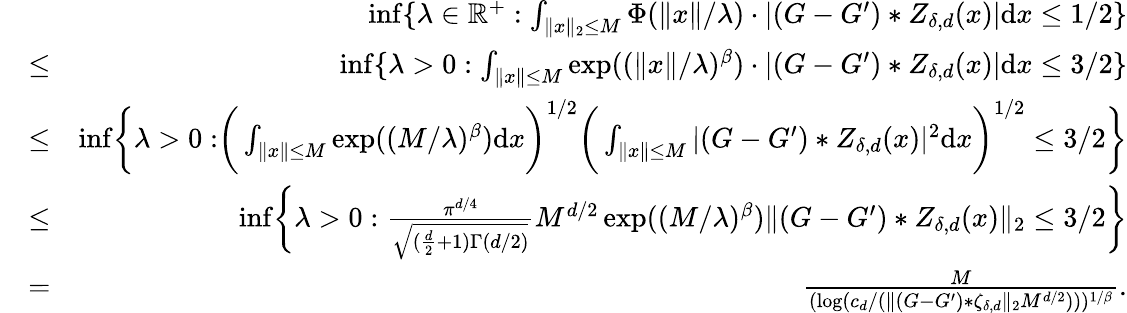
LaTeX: \begin{array}{rlr}&{}&{\operatorname*{inf}\{ \lambda\in\mathbb{R}^{+}:\int_{\| x\| _{2}\leq M}\Phi(\| x\| /\lambda)\cdot|(G-G^{\prime})\ast Z_{\delta,d}(x)|\mathrm{d}x\leq 1/2\} }\\ &{\leq}&{\operatorname*{inf}\{ \lambda>0:\int_{\| x\| \leq M}{\exp((\| x\| /\lambda)^{\beta})\cdot|(G-G^{\prime})*Z_{\delta,d}(x)|\mathrm{d}x}\leq 3/2\} }\\ &{\leq}&{\operatorname*{inf}\biggr\{ \lambda>0:\biggr(\int_{\| x\| \leq M}\exp((M/\lambda)^{\beta})\mathrm{d}x\biggr)^{1/2}\biggr(\int_{\| x\| \leq M}|(G-G^{\prime})*Z_{\delta,d}(x)|^{2}\mathrm{d}x\biggr)^{1/2}\leq 3/2\biggr\} }\\ &{\leq}&{\operatorname*{inf}\biggr\{ \lambda>0:\frac{\pi^{d/4}}{\sqrt{(\frac{d}{2}+1)\Gamma(d/2)}}M^{d/2}\exp((M/\lambda)^{\beta})\| (G-G^{\prime})*Z_{\delta,d}(x)\| _{2}\leq 3/2\biggr\} }\\ &{=}&{\frac{M}{(\log(c_{d}/(\| (G-G^{\prime})*\zeta_{\delta,d}\| _{2}M^{d/2})))^{1/\beta}}.}\end{array}